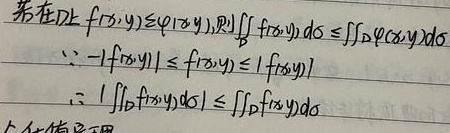
若在\(D\)上\(f(x,y)\leqslant \varphi(x,y)\)，则
\[\iint_{D}f(x,y)d\sigma\leqslant\iint_{D}\varphi(x,y)d\sigma\]
\(\because -|f(x,y)|\leqslant f(x,y)\leqslant|f(x,y)|\)
\(\therefore \left|\iint_{D}f(x,y)d\sigma\right|\leqslant\iint_{D}|f(x,y)|d\sigma\)